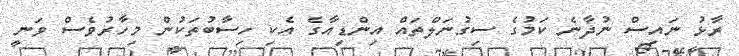
ރާޅު ނައިސް ނުދާނެ ކަމުގެ ސިގުނަލްތައް އިންޑިއާގެ އެކި ހިސާބުތަކުން މިހާރުވެސް ވަނީ